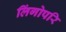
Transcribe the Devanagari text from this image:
लिंगोपरि